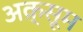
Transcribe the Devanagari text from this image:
अक़्सूम